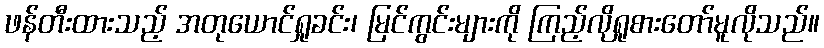
ဖန်တီးထားသည့် အတုယောင်ရှုခင်း၊ မြင်ကွင်းများကို ကြည့်လိုရှုစားတော်မူလိုသည်။